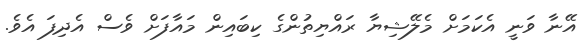
އޭނާ ވަނީ އެކަމަށް މެލޭޝިޔާ ރައްޔިތުންގެ ކިބައިން މައާފަށް ވެސް އެދިފަ އެވެ.